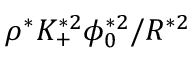
\rho ^ { * } K _ { + } ^ { * 2 } \phi _ { 0 } ^ { * 2 } / R ^ { * 2 }